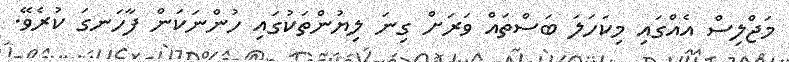
މަޖްލިސް އެއްގައި މިކަހަލަ ބަސްތައް ވަރަށް ގިނަ ލިޔުންތަކުގައި ހުންނަކަން ފާހަނގަ ކުރެވޭ.